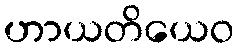
ဟာယတိယေဝ